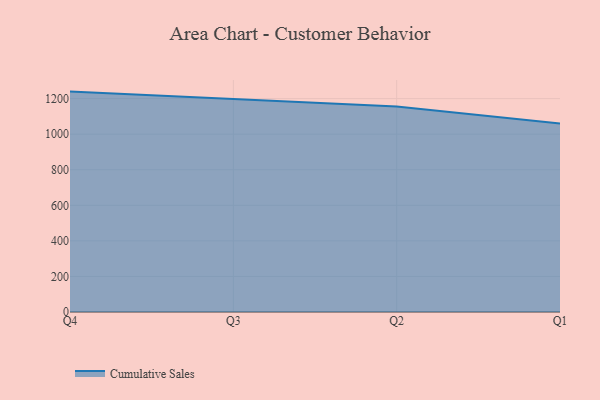
{"axis": {"x": "Quarter", "y": "Market Share (%)"}, "legend": ["Cumulative Sales"], "data": [{"x": "Q4", "y": 1239.6, "type": "Cumulative Sales"}, {"x": "Q3", "y": 1195.7, "type": "Cumulative Sales"}, {"x": "Q2", "y": 1155.2, "type": "Cumulative Sales"}, {"x": "Q1", "y": 1059.8, "type": "Cumulative Sales"}]}